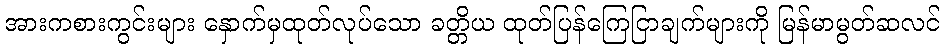
အားကစားကွင်းများ နှောက်မှထုတ်လုပ်သော ခတ္တိယ ထုတ်ပြန်ကြေငြာချက်များကို မြန်မာမွတ်ဆလင်